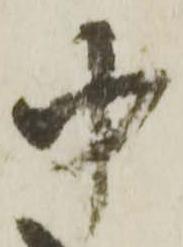
中